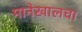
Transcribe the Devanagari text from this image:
मानेखालचा